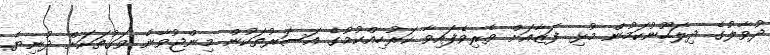
ދުވާލުގެ ދިލަހޫނުކަމުން މުޅި ފަޒާއަށް ވެރިވެފައިވާ ކަރުހިއްކުމުގެ އަސަރުތަކުން މިންޖުވާނެ ވަގުތަކަށް ދުނިޔެ